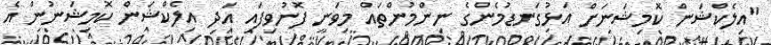
"އިލެކްޝަން ކޮމިޝަނަށް އަޅުގަނޑުމެންގެ ނިންމުންތައް މިވަނީ ފޮނުވިފައި އަދި އިލެކްޝަން ކޮމިޝަނުން އެ